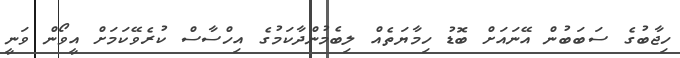
ހިޖާބުގެ ސަބަބުން އޭނައަށް ބޮޑު ހިމާޔަތެއް ލިބެމުންދާކަމުގެ އިހްސާސް ކުރެވޭކަމަށް އީވޯން ވަނީ